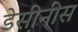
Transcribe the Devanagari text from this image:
डेसीनीस